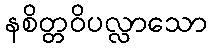
နစိတ္တဝိပလ္လာသော